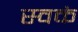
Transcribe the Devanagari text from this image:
स्वकं